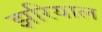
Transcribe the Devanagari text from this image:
झरियाल